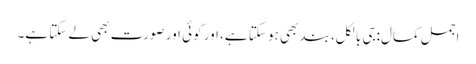
اجمل کمال:جی بالکل، بند بھی ہو سکتا ہے، اور کوئی اور صورت بھی لے سکتا ہے۔